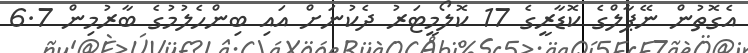
އެގޮތުން ނޭޕާލްގެ ކޮޑާރީގެ 17 ކޮލޯމީޓަރު ދެކުނަށް އައި ބިންހެލުމުގެ ބާރުމިން 6.7